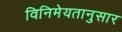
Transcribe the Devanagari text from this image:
विनिमेयतानुसार